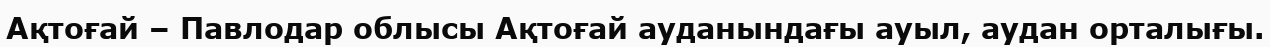
Ақтоғай – Павлодар облысы Ақтоғай ауданындағы ауыл, аудан орталығы.